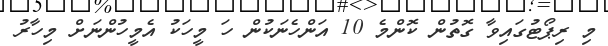
މި ރިޕޯޓުގައިވާ ގޮތުން ކޮންމެ 10 އަންހެނަކުން ހަ މީހަކު އެމީހުންނަށް މިހާރު